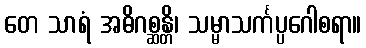
တေ သာရံ အဓိဂစ္ဆန္တိ၊ သမ္မာသင်္ကပ္ပဂေါစရာ။